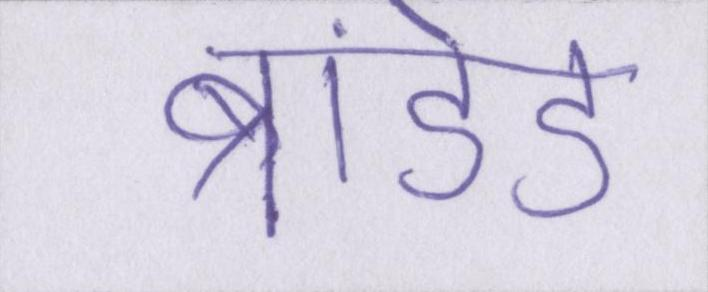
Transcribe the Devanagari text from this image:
ब्रांडेड